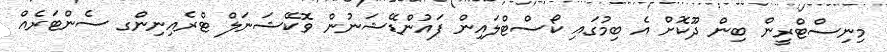
މިނިސްޓްރީން ބިން ދޫކޮށް އެ ބިމުގައި ކޯސްޓްލައިން ފައުންޑޭޝަނުން ވޮކޭޝަނަލް ޓްރެއިނިންގ ސެންޓަރެއް